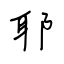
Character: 耶